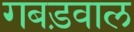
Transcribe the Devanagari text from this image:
गबड़वाल